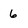
Character: 6